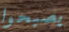
يصبحوا